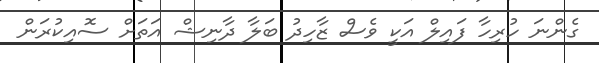
ގެންނަ ހުރިހާ ފައިލް އަކީ ވެސް ޒާހިދު ބަލާ ދާނިޝް އަތަށް ސޮއިކުރަން